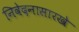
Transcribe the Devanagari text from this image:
निवेदनासारखे